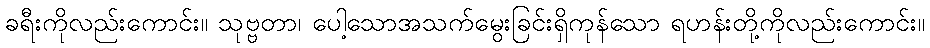
ခရီးကိုလည်းကောင်း။ သုဗ္ဗတာ၊ ပေါ့သောအသက်မွေးခြင်းရှိကုန်သော ရဟန်းတို့ကိုလည်းကောင်း။